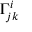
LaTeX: \Gamma _ { j k } ^ { i }